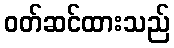
ဝတ်ဆင်ထားသည်